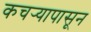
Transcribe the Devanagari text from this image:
कचर्‍यापासून